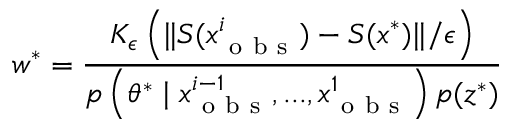
w ^ { * } = \frac { K _ { \epsilon } \left( \| S ( x _ { \mathrm { ~ o ~ b ~ s ~ } } ^ { i } ) - S ( x ^ { * } ) \| / \epsilon \right) } { p \left( \theta ^ { * } \mid x _ { \mathrm { ~ o ~ b ~ s ~ } } ^ { i - 1 } , . . . , x _ { \mathrm { ~ o ~ b ~ s ~ } } ^ { 1 } \right) p ( z ^ { * } ) }